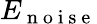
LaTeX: E_{\mathrm{~n~o~i~s~e~}}